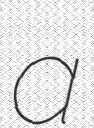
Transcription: a